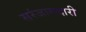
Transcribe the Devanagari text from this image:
सरंजामदारी